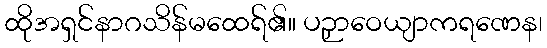
ထိုအရှင်နာဂသိန်မထေရ်၏။ ပဉှာဝေယျာကရဏေန၊